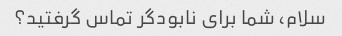
سلام، شما برای نابودگر تماس گرفتید؟